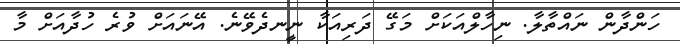
ހަންދާން ނައްތާލާ. ނިހާލްއަކަށް މަގޭ ދަރިއަކާ ނީނދެވޭނެ. އޭނައަށް ވުރެ ހުދާއަށް މާ